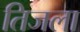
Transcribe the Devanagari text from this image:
तिजला